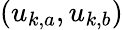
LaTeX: (u_{k,a},u_{k,b})